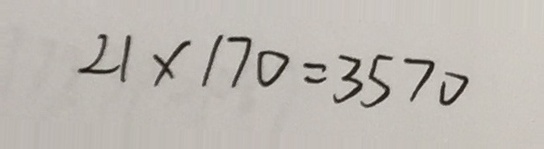
2 1 \times 1 7 0 = 3 5 7 0